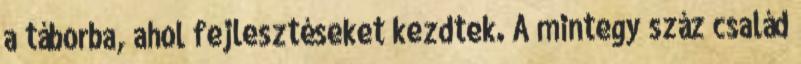
a táborba, ahol fejlesztéseket kezdtek. A mintegy száz család